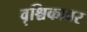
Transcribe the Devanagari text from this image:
वृश्चिकावर